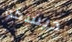
ديسكو